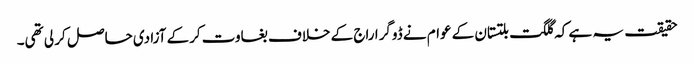
حقیقت یہ ہے کہ گلگت بلتستان کے عوام نے ڈوگرا راج کے خلاف بغاوت کرکے آزادی حاصل کر لی تھی۔